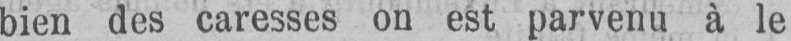
bien des caresses on est parvenu à le